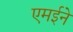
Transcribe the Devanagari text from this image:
एमईने